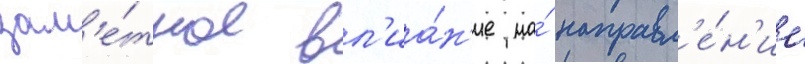
зам'е́тное вл'иа́н'ие на́ направл'е́н'ие